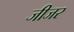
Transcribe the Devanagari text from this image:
जीजर